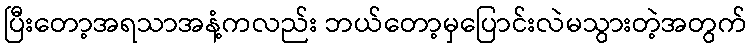
ပြီးတော့အရသာအနံ့ကလည်း ဘယ်တော့မှပြောင်းလဲမသွားတဲ့အတွက်